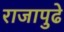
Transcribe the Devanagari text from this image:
राजापुढे